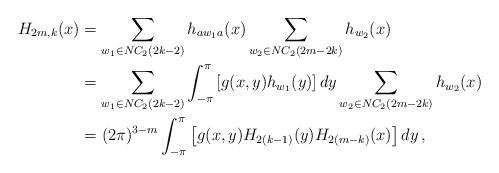
LaTeX: \begin{align*} H_{2m,k}(x) &=\sum_{w_1\in NC_2(2k-2)}h_{aw_1a}(x)\sum_{w_2\in NC_2(2m-2k)}h_{w_2}(x)\\ &=\sum_{w_1\in NC_2(2k-2)}\int_{-\pi}^\pi\left[g(x,y)h_{w_1}(y)\right]dy\sum_{w_2\in NC_2(2m-2k)}h_{w_2}(x)\\ &=(2\pi)^{3-m}\int_{-\pi}^\pi\left[g(x,y)H_{2(k-1)}(y) H_{2(m-k)}(x)\right]dy\,, \end{align*}